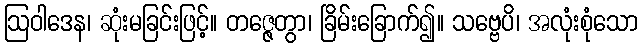
ဩဝါဒေန၊ ဆုံးမခြင်းဖြင့်။ တဇ္ဇေတွာ၊ ခြိမ်းခြောက်၍။ သဗ္ဗေပိ၊ အလုံးစုံသော